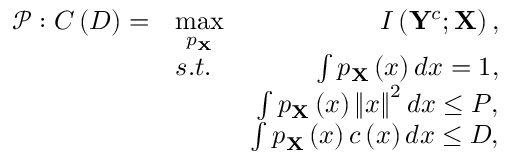
\begin{array} { r l r } { \mathcal { P : } C \left( D \right) = } & { \underset { p _ { \mathbf { X } } } { \operatorname* { m a x } } } & { I \left( \mathbf { Y } ^ { c } ; \mathbf { X } \right) , } \\ & { s . t . } & { \int p _ { \mathbf { X } } \left( \boldsymbol { x } \right) d \boldsymbol { x } = 1 , } \\ & { } & { \int p _ { \mathbf { X } } \left( \boldsymbol { x } \right) \left\Vert \boldsymbol { x } \right\Vert ^ { 2 } d \boldsymbol { x } \leq P , } \\ & { } & { \int p _ { \mathbf { X } } \left( \boldsymbol { x } \right) c \left( \boldsymbol { x } \right) d \boldsymbol { x } \leq D , } \end{array}